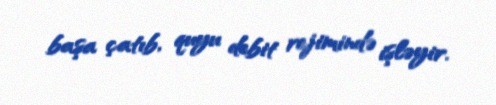
başa çatıb, quyu debit rejimində işləyir.